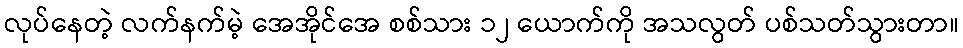
လုပ်နေတဲ့ လက်နက်မဲ့ အေအိုင်အေ စစ်သား ၁၂ ယောက်ကို အသလွတ် ပစ်သတ်သွားတာ။